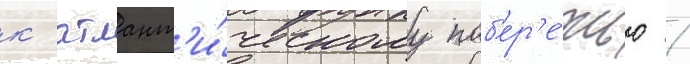
к атлант'и́ческому поб'ер'е́жью /